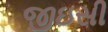
જીઇસી